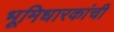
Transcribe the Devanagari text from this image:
भूमिधारकांची